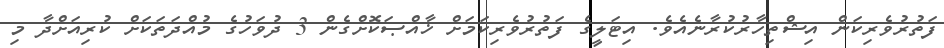
ފަތުރުވެރިކަން އިޝްތިހާރުކުރާނެއެވެ. އިޓަލީގެ ފަތުރުވެރިކަމަށް ޚާއްޞަކޮށްގެން 3 ދުވަހުގެ މުއްދަތަކަށް ކުރިއަށްދާ މި